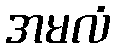
အမလံ